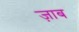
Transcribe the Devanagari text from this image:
ज़ाब